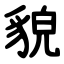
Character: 貌